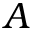
A